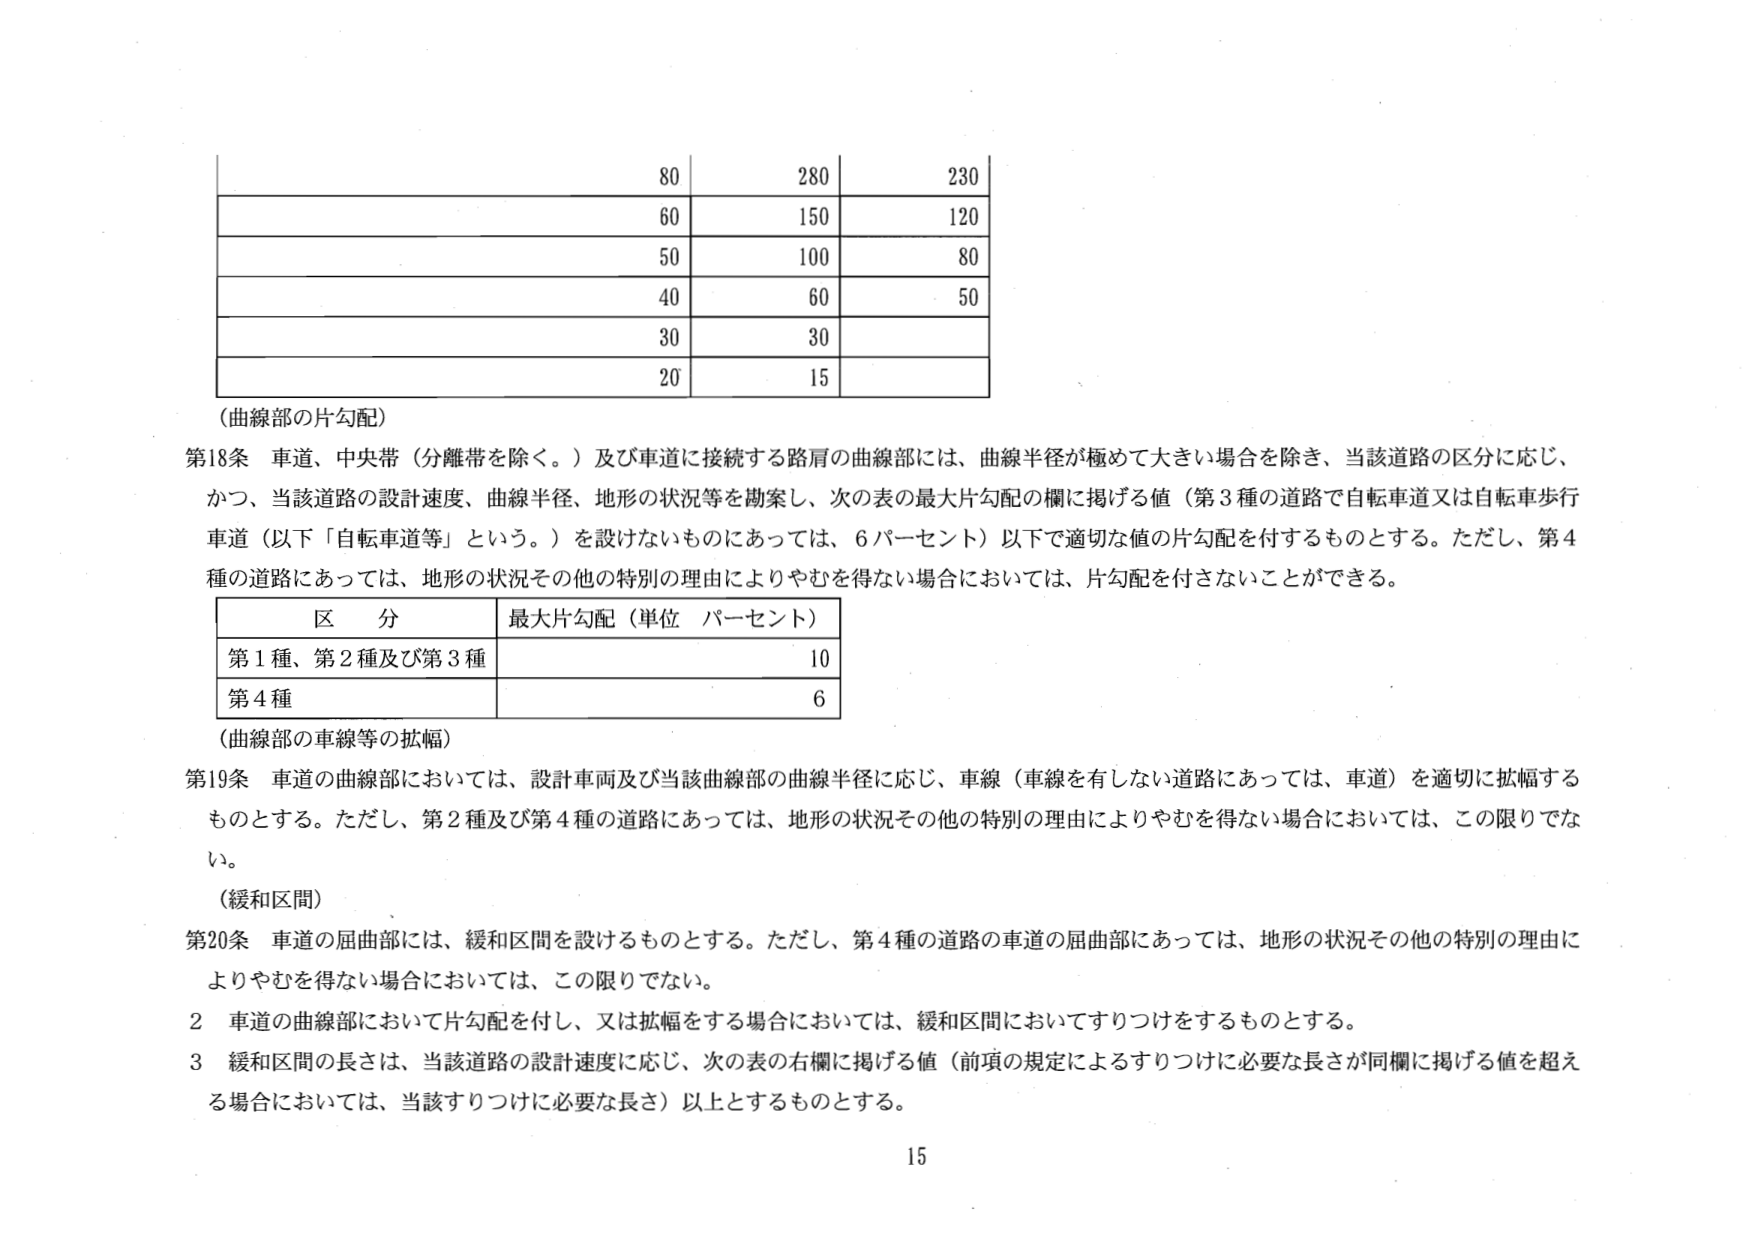
80 280 230
60 150 120
50 100 80
40 60 50
30 30
20 15

（曲線部の片勾配）
第18条 車道、中央帯（分離帯を除く。）及び車道に接続する路肩の曲線部には、曲線半径が極めて大きい場合を除き、当該道路の区分に応じ、かつ、当該道路の設計速度、曲線半径、地形の状況等を勘案し、次の表の最大片勾配の欄に掲げる値（第3種の道路で自転車道又は自転車歩行車道（以下「自転車道等」という。）を設けないものにあっては、6パーセント）以下で適切な値の片勾配を付するものとする。ただし、第4種の道路にあっては、地形の状況その他の特別の理由によりやむを得ない場合においては、片勾配を付さないことができる。

区 分 最大片勾配（単位 パーセント）
第1種、第2種及び第3種 10
第4種 6

（曲線部の車線等の拡幅）
第19条 車道の曲線部においては、設計車両及び当該曲線部の曲線半径に応じ、車線（車線を有しない道路にあっては、車道）を適切に拡幅するものとする。ただし、第2種及び第4種の道路にあっては、地形の状況その他の特別の理由によりやむを得ない場合においては、この限りでない。

（緩和区間）
第20条 車道の屈曲部には、緩和区間を設けるものとする。ただし、第4種の道路の車道の屈曲部にあっては、地形の状況その他の特別の理由によりやむを得ない場合においては、この限りでない。
2 車道の曲線部において片勾配を付し、又は拡幅をする場合においては、緩和区間においてすりつけをするものとする。
3 緩和区間の長さは、当該道路の設計速度に応じ、次の表の右欄に掲げる値（前項の規定によるすりつけに必要な長さが同欄に掲げる値を超える場合においては、当該すりつけに必要な長さ）以上とするものとする。

15